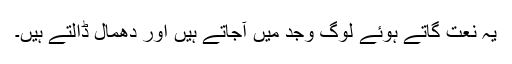
یہ نعت گاتے ہوئے لوگ وجد میں آجاتے ہیں اور دھمال ڈالتے ہیں۔